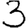
Digit: 3